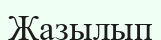
Жазылып